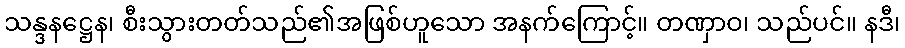
သန္ဒနဋ္ဌေန၊ စီးသွားတတ်သည်၏အဖြစ်ဟူသော အနက်ကြောင့်။ တဏှာဝ၊ သည်ပင်။ နဒီ၊